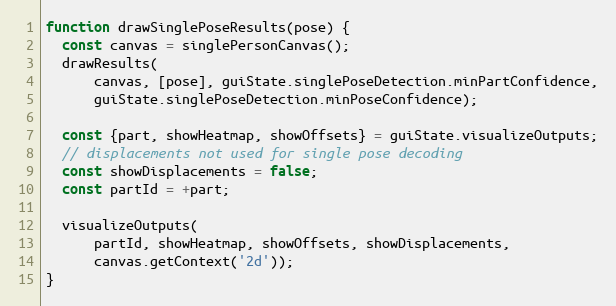
Language: JavaScript
function drawSinglePoseResults(pose) {
  const canvas = singlePersonCanvas();
  drawResults(
      canvas, [pose], guiState.singlePoseDetection.minPartConfidence,
      guiState.singlePoseDetection.minPoseConfidence);

  const {part, showHeatmap, showOffsets} = guiState.visualizeOutputs;
  // displacements not used for single pose decoding
  const showDisplacements = false;
  const partId = +part;

  visualizeOutputs(
      partId, showHeatmap, showOffsets, showDisplacements,
      canvas.getContext('2d'));
}